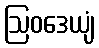
ဩဝဒေယျံ